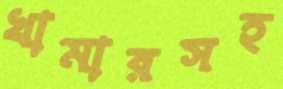
খামারসহ